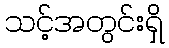
သင့်အတွင်းရှိ